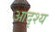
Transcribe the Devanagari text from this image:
आदृश्य